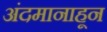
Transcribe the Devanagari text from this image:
अंदमानाहून